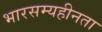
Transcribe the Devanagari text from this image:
भारसम्यहीनता